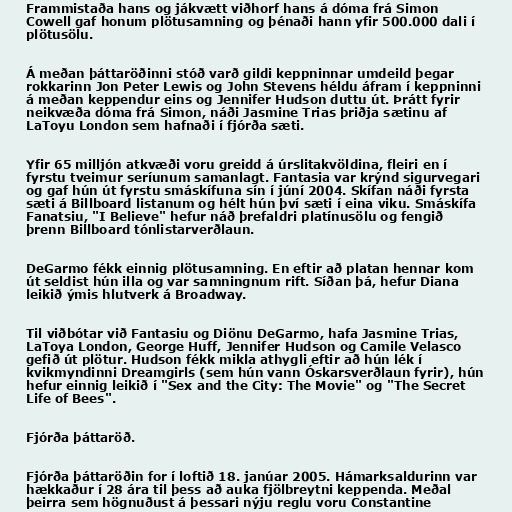
Frammistaða hans og jákvætt viðhorf hans á dóma frá Simon
Cowell gaf honum plötusamning og þénaði hann yfir 500.000 dali í
plötusölu.

Á meðan þáttaröðinni stóð varð gildi keppninnar umdeild þegar
rokkarinn Jon Peter Lewis og John Stevens héldu áfram í keppninni
á meðan keppendur eins og Jennifer Hudson duttu út. Þrátt fyrir
neikvæða dóma frá Simon, náði Jasmine Trias þriðja sætinu af
LaToyu London sem hafnaði í fjórða sæti.

Yfir 65 milljón atkvæði voru greidd á úrslitakvöldina, fleiri en í
fyrstu tveimur seríunum samanlagt. Fantasia var krýnd sigurvegari
og gaf hún út fyrstu smáskífuna sín í júní 2004. Skífan náði fyrsta
sæti á Billboard listanum og hélt hún því sæti í eina viku. Smáskífa
Fanatsiu, "I Believe" hefur náð þrefaldri platínusölu og fengið
þrenn Billboard tónlistarverðlaun.

DeGarmo fékk einnig plötusamning. En eftir að platan hennar kom
út seldist hún illa og var samningnum rift. Síðan þá, hefur Diana
leikið ýmis hlutverk á Broadway.

Til viðbótar við Fantasiu og Diönu DeGarmo, hafa Jasmine Trias,
LaToya London, George Huff, Jennifer Hudson og Camile Velasco
gefið út plötur. Hudson fékk mikla athygli eftir að hún lék í
kvikmyndinni Dreamgirls (sem hún vann Óskarsverðlaun fyrir), hún
hefur einnig leikið í "Sex and the City: The Movie" og "The Secret
Life of Bees".

Fjórða þáttaröð.

Fjórða þáttaröðin for í loftið 18. janúar 2005. Hámarksaldurinn var
hækkaður í 28 ára til þess að auka fjölbreytni keppenda. Meðal
þeirra sem högnuðust á þessari nýju reglu voru Constantine